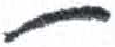
אות: ת